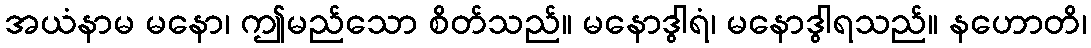
အယံနာမ မနော၊ ဤမည်သော စိတ်သည်။ မနောဒွါရံ၊ မနောဒွါရသည်။ နဟောတိ၊